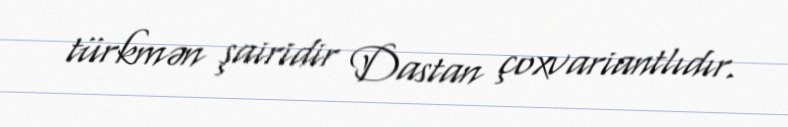
türkmən şairidir Dastan çoxvariantlıdır.